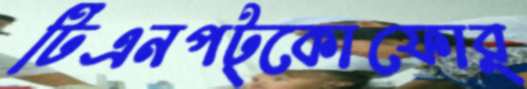
টিএনপট্‌কোফোর্